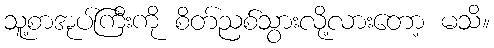
သူ့စာအုပ်ကြီးကို စိတ်ညစ်သွားလို့လားတော့ မသိ။